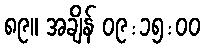
၈၉။ အချိန် ၀၉:၁၅:၀၀